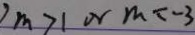
m > 1 o r m < - 3